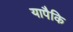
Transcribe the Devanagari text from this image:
यापैकि